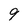
Character: 9